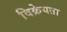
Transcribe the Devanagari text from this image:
विक्रेयता